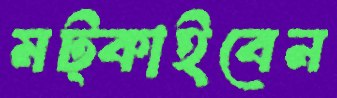
মট্‌কাইবেন